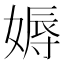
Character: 媷